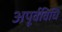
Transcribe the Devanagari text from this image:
अपूर्वविधि